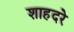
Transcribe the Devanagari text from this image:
शाहदरे